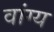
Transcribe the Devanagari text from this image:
वांग्य